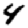
Digit: 4